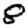
Digit: 8